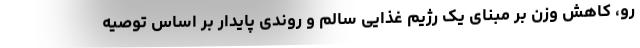
رو، کاهش وزن بر مبنای یک رژیم غذایی سالم و روندی پایدار بر اساس توصیه